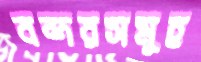
বন্দরসমুহ